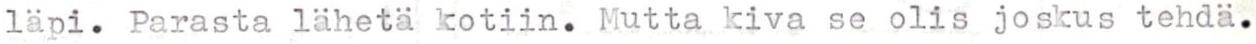
läpi. Parasta lähetä kotiin. Mutta kiva se olis joskus tehdä.